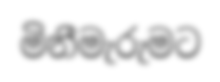
මිනීමැරුමට